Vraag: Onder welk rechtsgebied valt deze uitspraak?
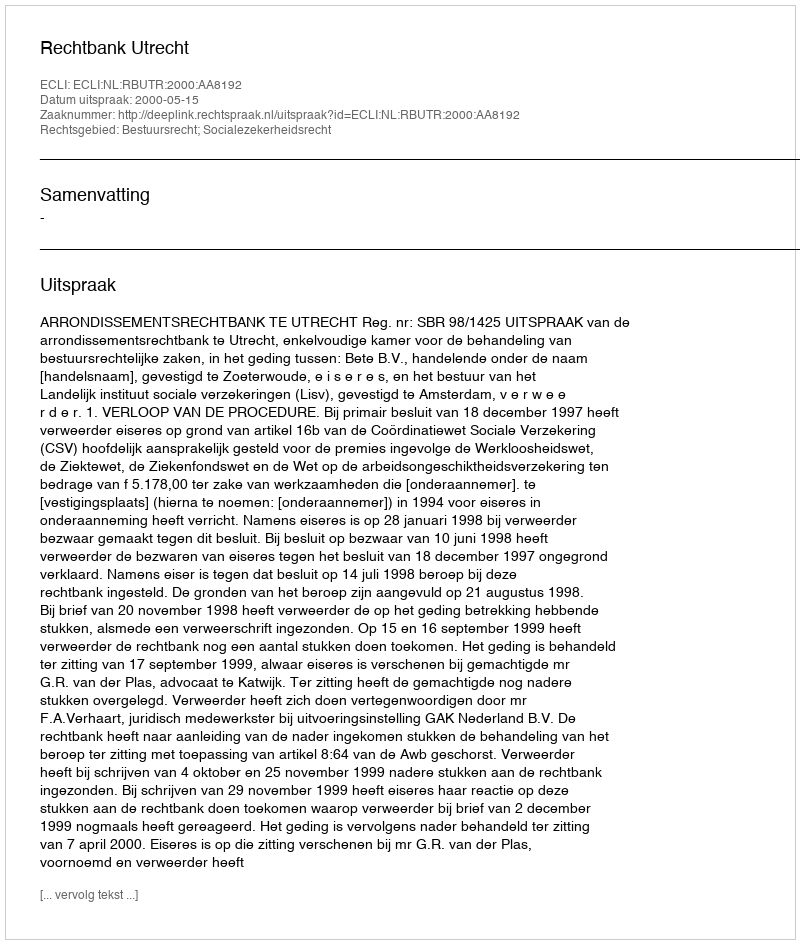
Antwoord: Bestuursrecht; Socialezekerheidsrecht